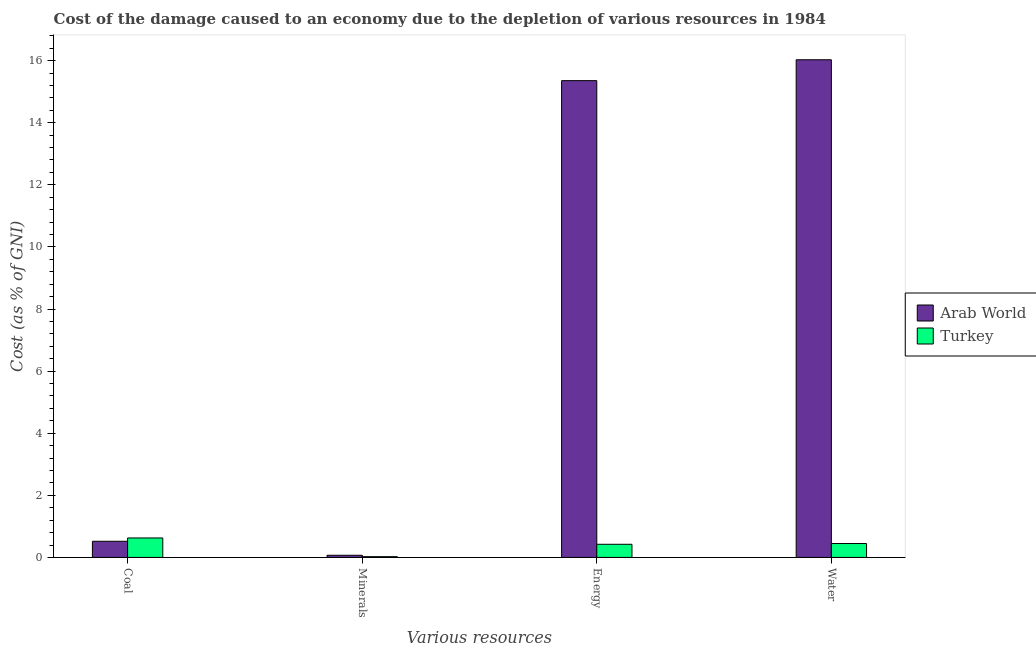
| Various resources | Arab World | Turkey |
 | --- | --- | --- |
 | Coal | 0.52 | 0.627 |
 | Minerals | 0.0692 | 0.0248 |
 | Energy | 15.4 | 0.423 |
 | Water | 16 | 0.448 |